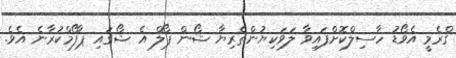
ގްރެމީ އެވޯޑު ހާސިލްކޮށްފައިވާ ލަވަކިޔުންތެރިޔާ ޝޯން ޕޯލް އެ ޝޯގައި ޕާފޯމްކުރާނެ އެވެ.